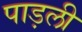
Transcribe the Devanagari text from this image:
पाड़ली